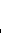
,